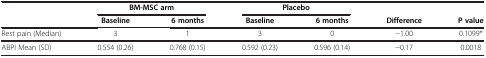
<table><thead><tr><td><b> </b></td><td colspan="2"><b>BM-MSC arm</b></td><td colspan="2"><b>Placebo</b></td><td colspan="2"><b> </b></td></tr><tr><td><b> </b></td><td><b>Baseline</b></td><td><b>6 months</b></td><td><b>Baseline</b></td><td><b>6 months</b></td><td><b>Difference</b></td><td><b>P value</b></td></tr></thead><tbody><tr><td>Rest pain (Median)</td><td>3</td><td>1</td><td>3</td><td>0</td><td>−1.00</td><td>0.1099*</td></tr><tr><td>ABPI Mean (SD)</td><td>0.554 (0.26)</td><td>0.768 (0.15)</td><td>0.592 (0.23)</td><td>0.596 (0.14)</td><td>−0.17</td><td>0.0018</td></tr></tbody></table>